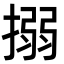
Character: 搦